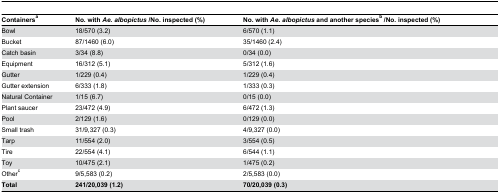
<table><thead><tr><td><b>Containers<sup>a</sup></b></td><td><b>No. with <i>Ae. albopictus</i> /No. inspected (%)</b></td><td><b>No. with <i>Ae. albopictus</i> and another species<sup>b</sup> /No. inspected (%)</b></td></tr></thead><tbody><tr><td>Bowl</td><td>18/570 (3.2)</td><td>6/570 (1.1)</td></tr><tr><td>Bucket</td><td>87/1460 (6.0)</td><td>35/1460 (2.4)</td></tr><tr><td>Catch basin</td><td>3/34 (8.8)</td><td>0/34 (0.0)</td></tr><tr><td>Equipment</td><td>16/312 (5.1)</td><td>5/312 (1.6)</td></tr><tr><td>Gutter</td><td>1/229 (0.4)</td><td>1/229 (0.4)</td></tr><tr><td>Gutter extension</td><td>6/333 (1.8)</td><td>1/333 (0.3)</td></tr><tr><td>Natural Container</td><td>1/15 (6.7)</td><td>0/15 (0.0)</td></tr><tr><td>Plant saucer</td><td>23/472 (4.9)</td><td>6/472 (1.3)</td></tr><tr><td>Pool</td><td>2/129 (1.6)</td><td>0/129 (0.0)</td></tr><tr><td>Small trash</td><td>31/9,327 (0.3)</td><td>4/9,327 (0.0)</td></tr><tr><td>Tarp</td><td>11/554 (2.0)</td><td>3/554 (0.5)</td></tr><tr><td>Tire</td><td>22/554 (4.1)</td><td>6/544 (1.1)</td></tr><tr><td>Toy</td><td>10/475 (2.1)</td><td>1/475 (0.2)</td></tr><tr><td>Other<sup>c</sup></td><td>9/5,583 (0.2)</td><td>2/5,583 (0.0)</td></tr><tr><td><b>Total</b></td><td><b>241/20,039 (1.2)</b></td><td><b>70/20,039 (0.3)</b></td></tr></tbody></table>